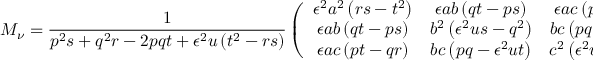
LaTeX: { \cal M } _ { \nu } = \frac { 1 } { p ^ { 2 } s + q ^ { 2 } r - 2 p q t + \epsilon ^ { 2 } u \left( t ^ { 2 } - r s \right) } \left( \begin{array} { c c c } { { \epsilon ^ { 2 } a ^ { 2 } \left( r s - t ^ { 2 } \right) } } & { { \epsilon a b \left( q t - p s \right) } } & { { \epsilon a c \left( p t - q r \right) } } \\ { { \epsilon a b \left( q t - p s \right) } } & { { b ^ { 2 } \left( \epsilon ^ { 2 } u s - q ^ { 2 } \right) } } & { { b c \left( p q - \epsilon ^ { 2 } u t \right) } } \\ { { \epsilon a c \left( p t - q r \right) } } & { { b c \left( p q - \epsilon ^ { 2 } u t \right) } } & { { c ^ { 2 } \left( \epsilon ^ { 2 } u r - p ^ { 2 } \right) } } \end{array} \right) .